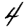
Digit: 4